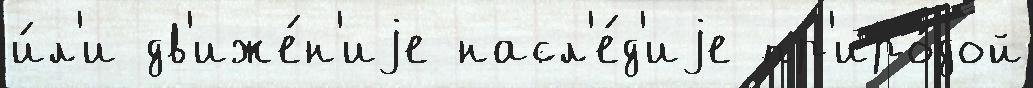
и́л'и дв'иже́н'иjе насл'е́д'иjе пр'иро́дой